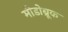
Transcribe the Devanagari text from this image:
मीडोब्रूक